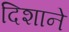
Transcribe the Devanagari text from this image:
दिशाने